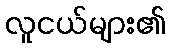
လူငယ်များ၏